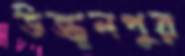
উজ্জ্বলপুর